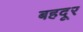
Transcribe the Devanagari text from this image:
बहदूर